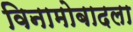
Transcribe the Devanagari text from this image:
विनामोबादला